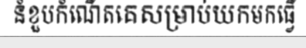
នំខួបកំណើតគេសម្រាប់យកមកធ្វើ